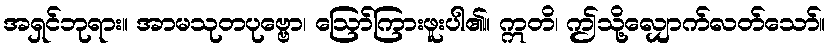
အရှင်ဘုရား။ အာမသုတပုဗ္ဗော၊ ဩော်ကြားဖူးပါ၏။ ဣတိ၊ ဤသို့လျှောက်လတ်သော်။